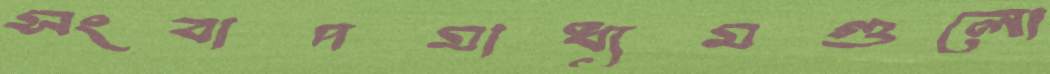
সংবাদমাধ্যমগুলো